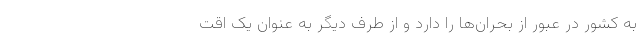
به کشور در عبور از بحران‌ها را دارد و از طرف دیگر به عنوان یک اقت